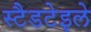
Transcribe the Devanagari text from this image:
स्टैडटेइले